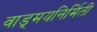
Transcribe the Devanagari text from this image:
वाड्मयनिर्मिती